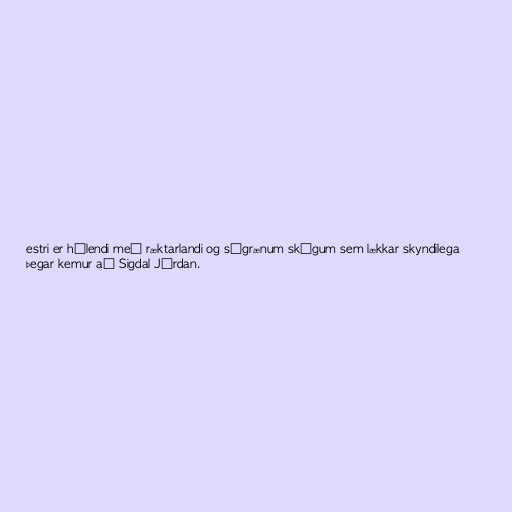
estri er hálendi með ræktarlandi og sígrænum skógum sem lækkar skyndilega
þegar kemur að Sigdal Jórdan.